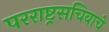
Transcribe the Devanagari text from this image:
परराष्ट्रसचिवाचे